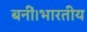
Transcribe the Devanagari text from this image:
बनीं।भारतीय